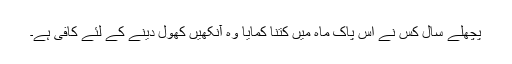
پچھلے سال کس نے اس پاک ماہ میں کتنا کمایا وہ آنکھیں کھول دینے کے لئے کافی ہے۔